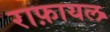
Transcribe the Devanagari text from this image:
राफ़ायल